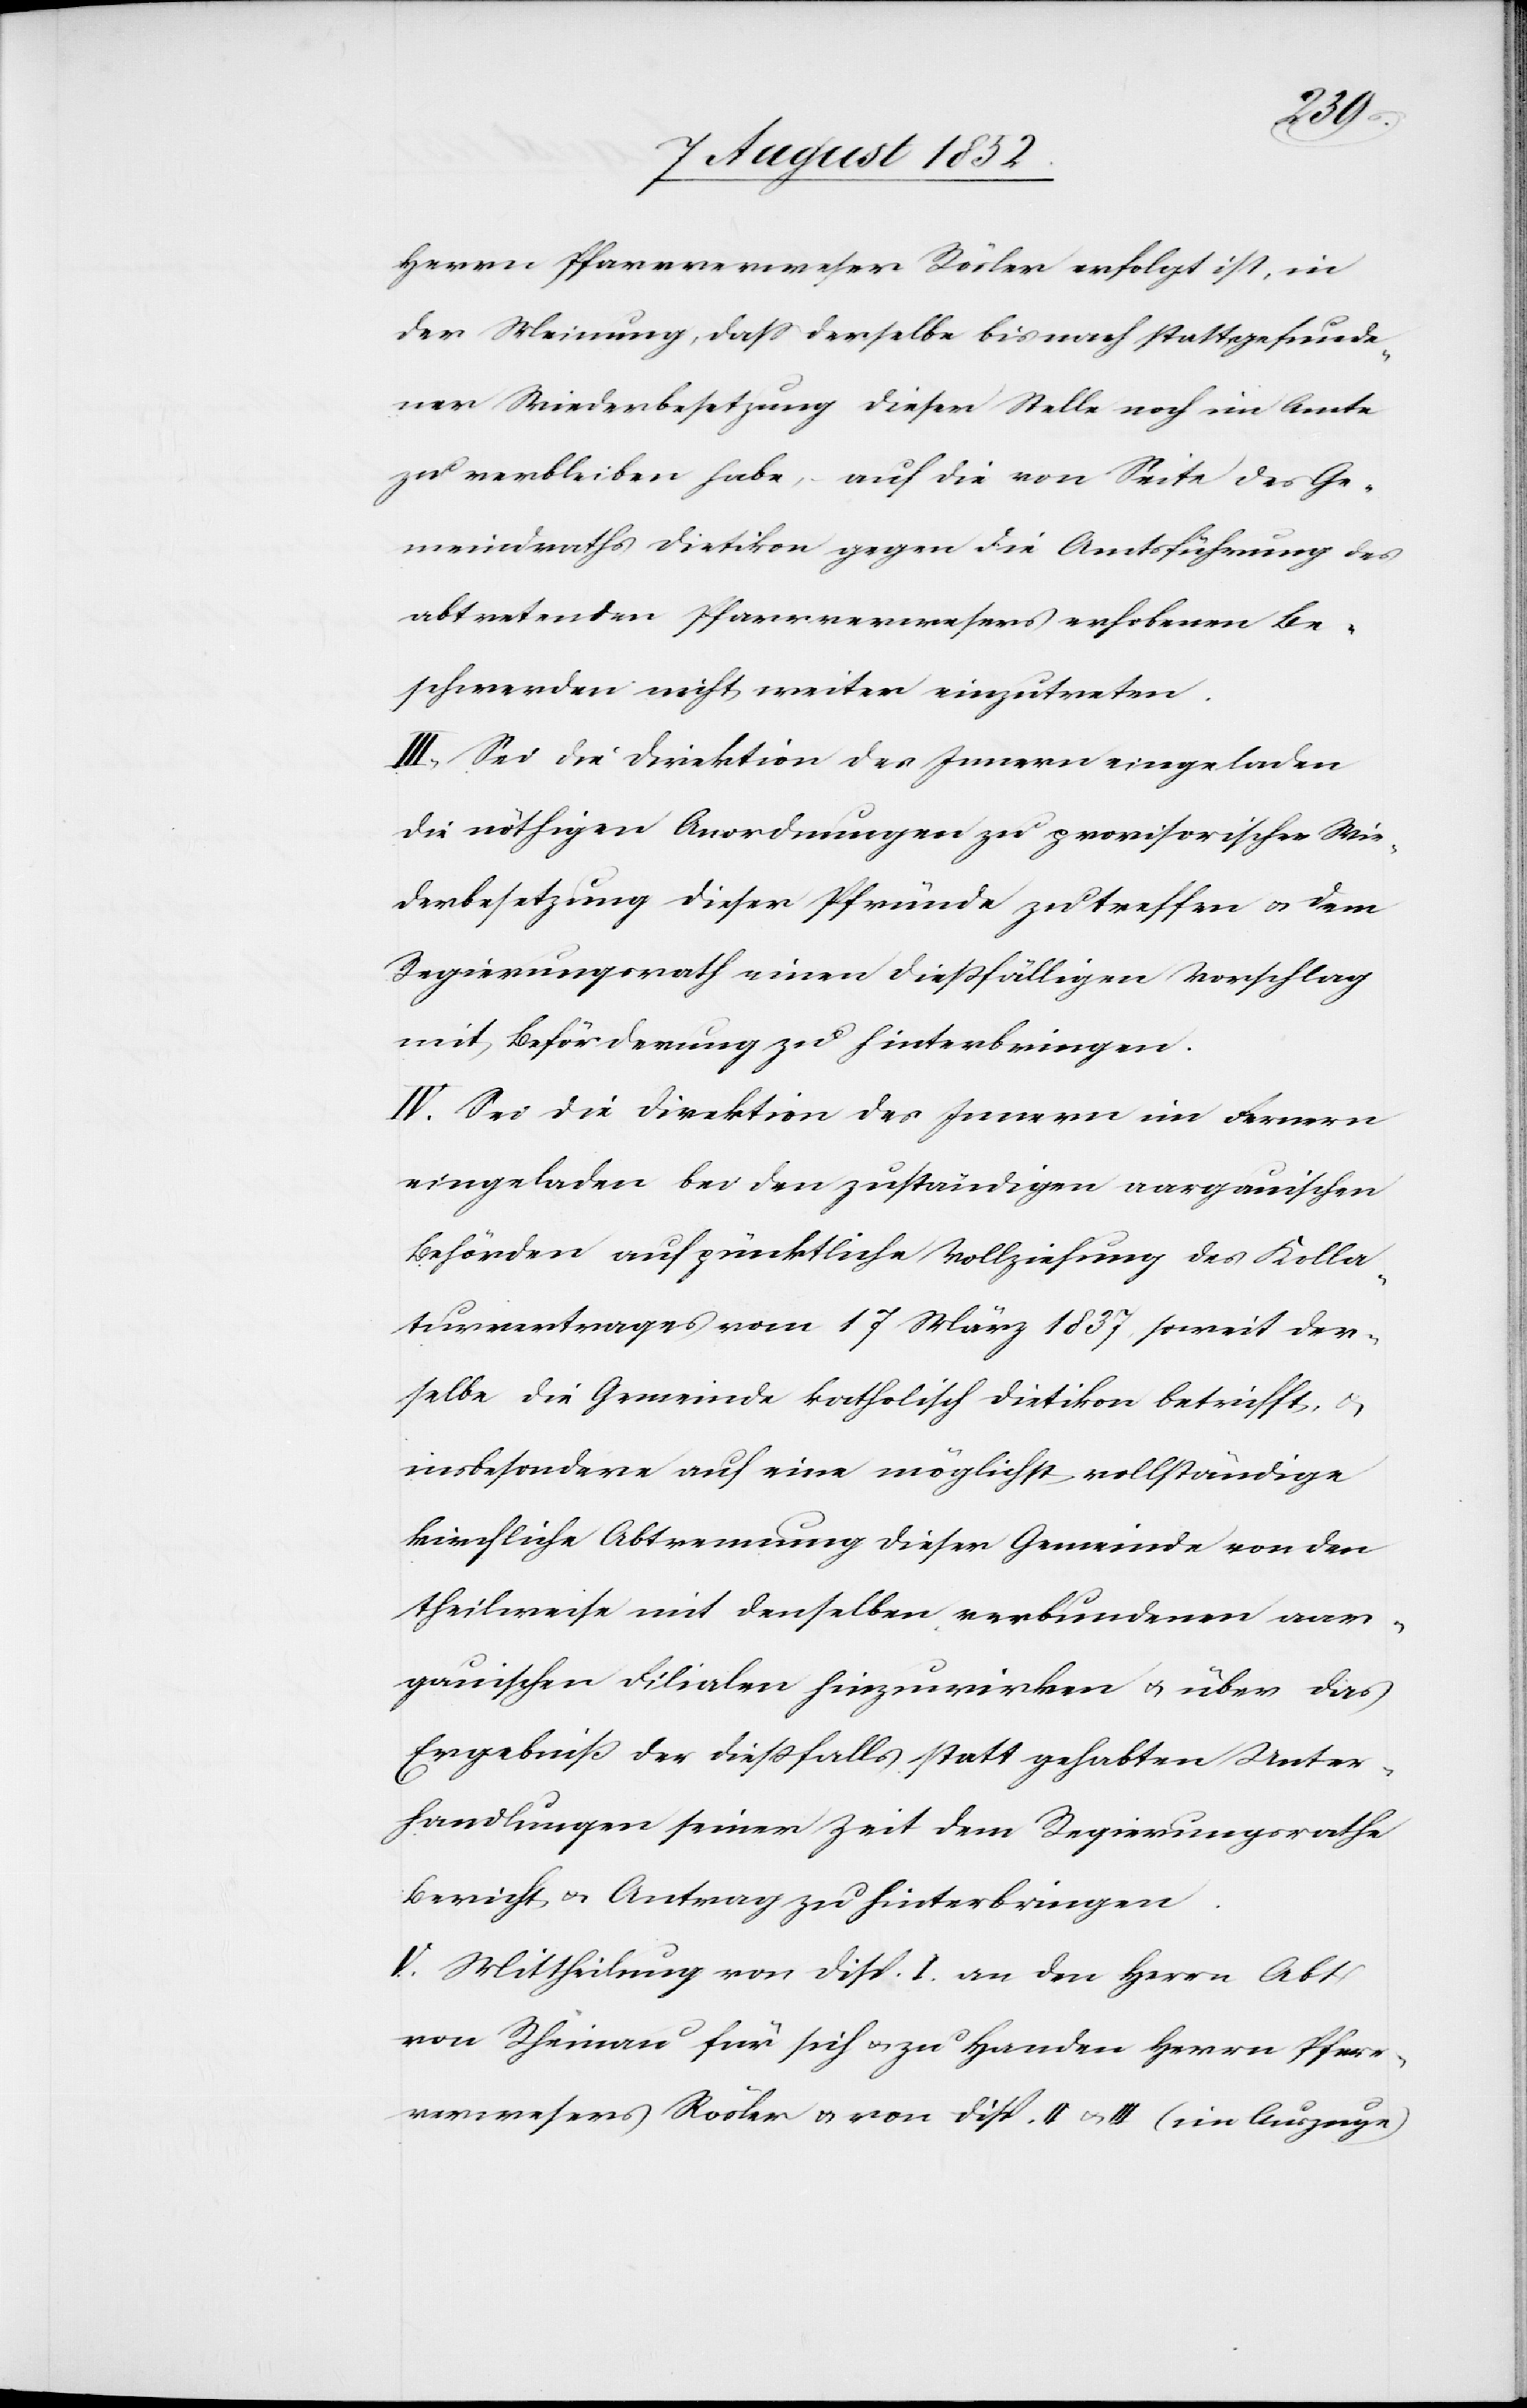
Herrn Pfarrverweser Rösler erfolgt ist, in
der Meinung, dass derselbe bis nach stattgefunde¬
ner Wiederbesetzung dieser Stelle noch im Amte
zu verbleiben habe, – auf die von Seite des Ge¬
meindraths Dietikon gegen die Amtsführung des
abtretenden Pfarrverwesers erhobenen Be¬
schwerden nicht weiter einzutreten.
III, Sei die Direktion des Innern eingeladen
die nöthigen Anordnungen zu provisorischer Wie¬
derbesetzung dieser Pfründe zu treffen & dem
Regierungsrath einen dießfälligen Vorschlag
mit Beförderung zu hinterbringen.
IV. Sei die Direktion des Innern im Fernern
eingeladen bei den zuständigen aargauischen
Behörden auf pünktliche Vollziehung des Kolla¬
turvertrages vom 17 März 1837 soweit der¬
selbe die Gemeinde katholisch Dietikon betrifft, &
insbesondere auf eine möglichst vollständige
kirchliche Abtrennung dieser Gemeinde von den
theilweise mit denselben verbundenen aar¬
gauischen Filialen hinzuwirken & über das
Ergebniß der dießfalls statt gehabten Unter¬
handlungen seiner Zeit dem Regierungsrathe
Bericht & Antrag zu hinterbringen.
V. Mittheilung von Disp. I. an den Herrn Abt
von Rheinau für sich & zu Handen Herrn Pfarr¬
verwesers Rösler & von Disp. II & III (im Auszuge)